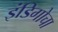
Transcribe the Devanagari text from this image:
इंडिगोचा